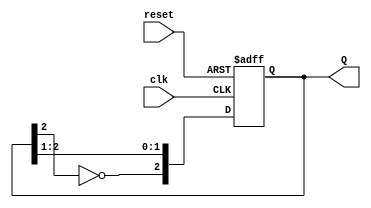
module JohnsonCounter #(
    parameter N = 3  // Parameter to define the number of bits in the counter
)(
    input wire clk,         // Clock signal
    input wire reset,       // Asynchronous reset signal
    output reg [N-1:0] Q    // Output of the counter
);

    // Internal signal for feedback
    wire feedback;

    // Assign feedback as the inverted output of the last flip-flop
    assign feedback = ~Q[N-1];

    // Sequential logic for the Johnson counter
    always @(posedge clk or posedge reset) begin
        if (reset) begin
            // Reset all flip-flops to zero
            Q <= {N{1'b0}};
        end else begin
            // Shift the state and feed back the inverted last flip-flop
            Q <= {feedback, Q[N-1:1]};
        end
    end

endmodule